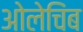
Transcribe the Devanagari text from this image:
ओलेचिंब